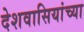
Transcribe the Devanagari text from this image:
देशवासियांच्या